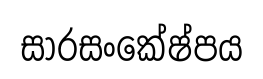
සාරසංකේෂ්පය